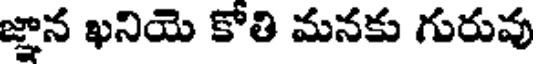
జ్ఞాన ఖనియె కోతి మనకు గురువు